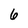
Character: 6